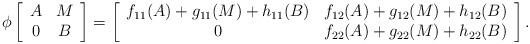
LaTeX: \begin{align*} \phi\left[ \begin{array}{cc} A & M \\ 0 & B \\ \end{array} \right]=\left[ \begin{array}{cc}f_{11}(A)+g_{11}(M)+h_{11}(B) & f_{12}(A)+g_{12}(M)+h_{12}(B) \\0 & f_{22}(A)+g_{22}(M)+h_{22}(B) \\ \end{array} \right].\end{align*}